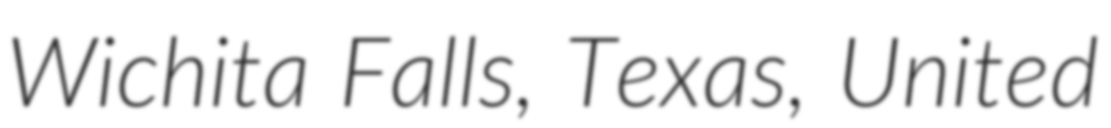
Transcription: Wichita Falls, Texas, United